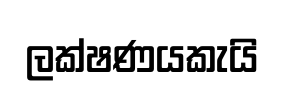
ලක්ෂණයකැයි